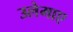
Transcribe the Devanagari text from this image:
उलेमाए